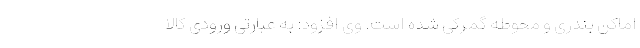
اماکن بندری و محوطه گمرکی شده است. وی افزود: به عبارتی ورودی کالا